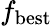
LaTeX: f_{\mathrm{{best}}}